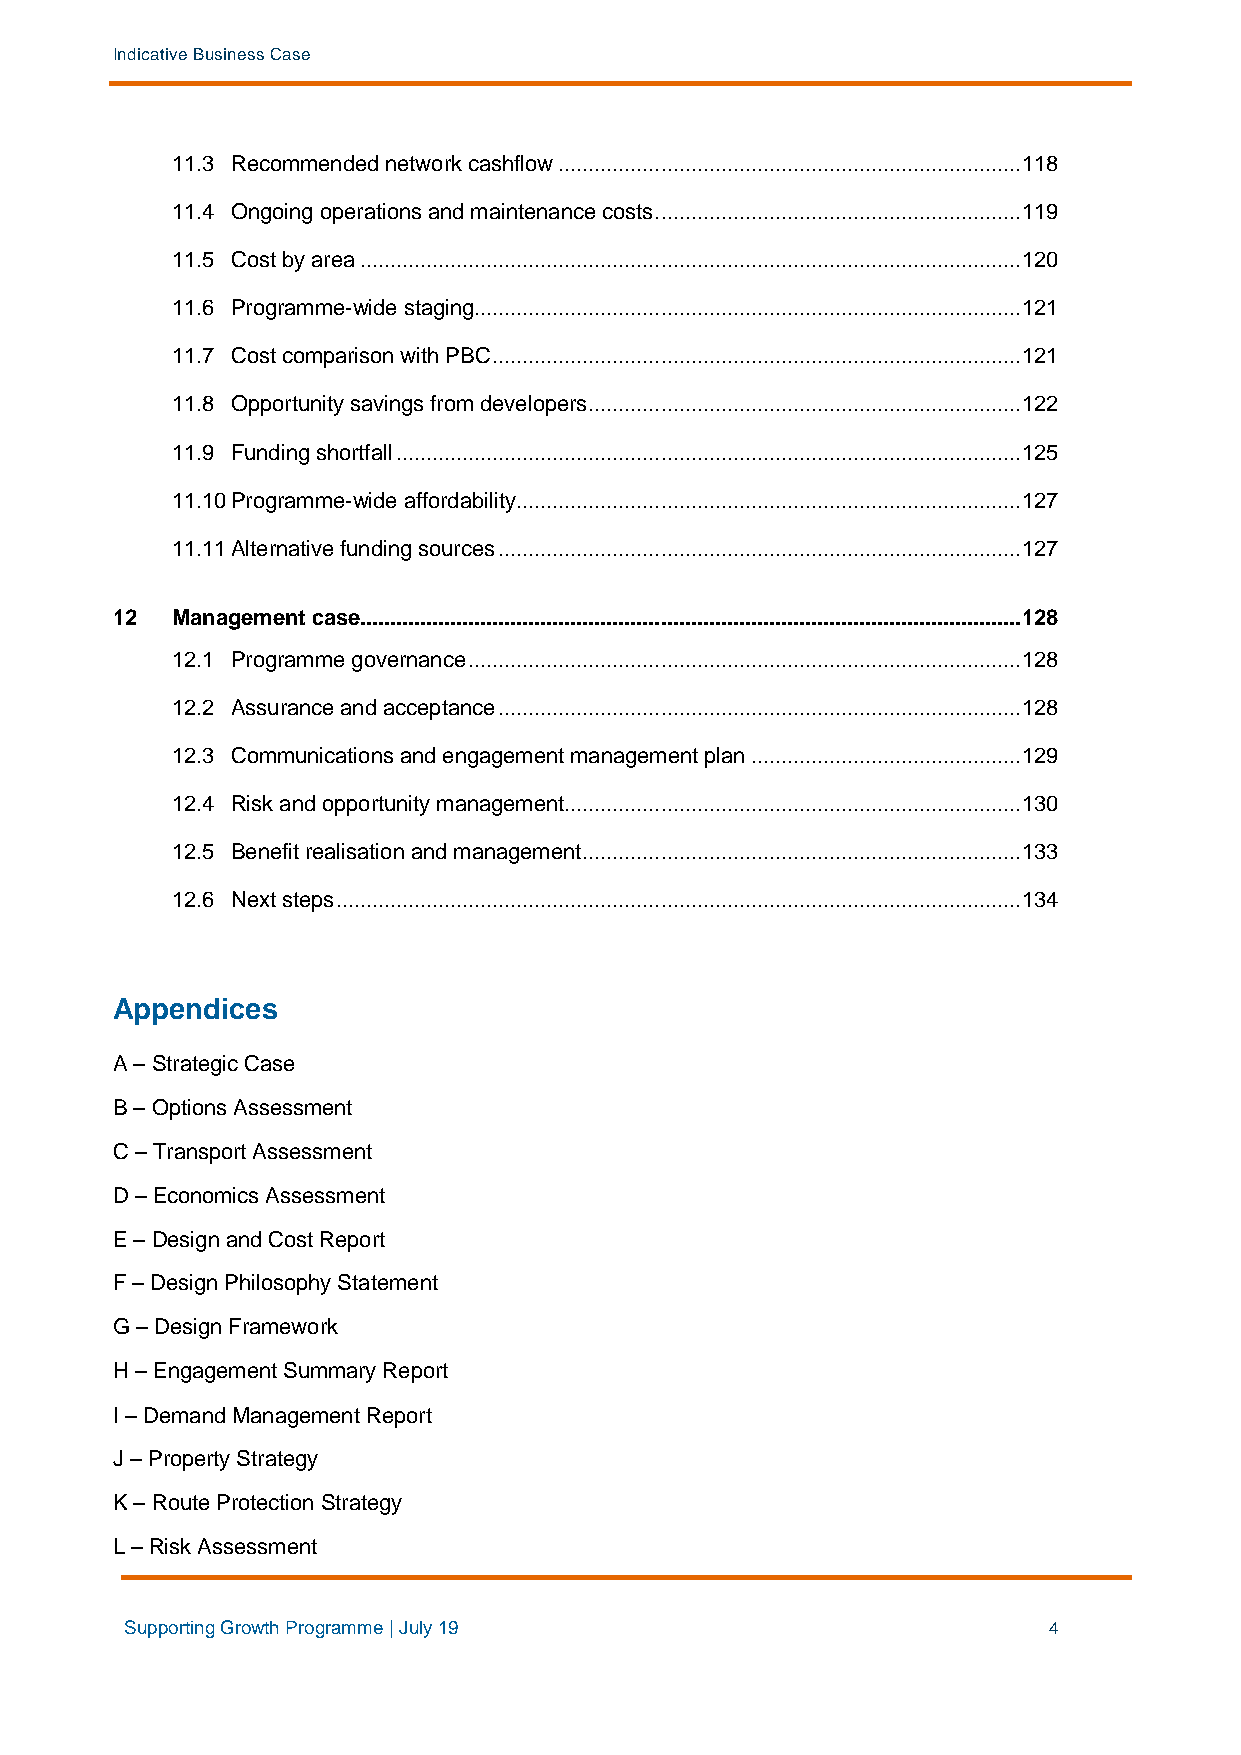
Indicative Business Case
 11.3 Recommended network cashflow ............................................................................. 118
 11.4 Ongoing operations and maintenance costs ............................................................. 119
 11.5 Cost by area .............................................................................................................. 120
 11.6 Programme-wide staging ........................................................................................... 121
 11.7 Cost comparison with PBC ........................................................................................ 121
 11.8 Opportunity savings from developers ........................................................................ 122
 11.9 Funding shortfall ........................................................................................................ 125
 11.10 Programme-wide affordability .................................................................................... 127
 11.11 Alternative funding sources ....................................................................................... 127
 12  Management case.............................................................................................................. 128
 12.1 Programme governance ............................................................................................ 128
 12.2 Assurance and acceptance ....................................................................................... 128
 12.3 Communications and engagement management plan ............................................. 129
 12.4 Risk and opportunity management ............................................................................ 130
 12.5 Benefit realisation and management ......................................................................... 133
 12.6 Next steps .................................................................................................................. 134
 Appendices
 A – Strategic Case
 B – Options Assessment
 C – Transport Assessment
 D – Economics Assessment
 E – Design and Cost Report
 F – Design Philosophy Statement
 G – Design Framework
 H – Engagement Summary Report
 I – Demand Management Report
 J – Property Strategy
 K – Route Protection Strategy
 L – Risk Assessment
 Supporting Growth Programme | July 19                        4